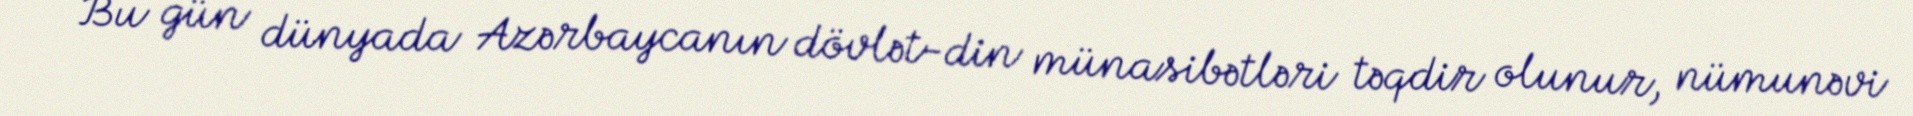
Bu gün dünyada Azərbaycanın dövlət-din münasibətləri təqdir olunur, nümunəvi